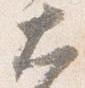
大